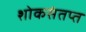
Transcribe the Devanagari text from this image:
शोकसंतप्त